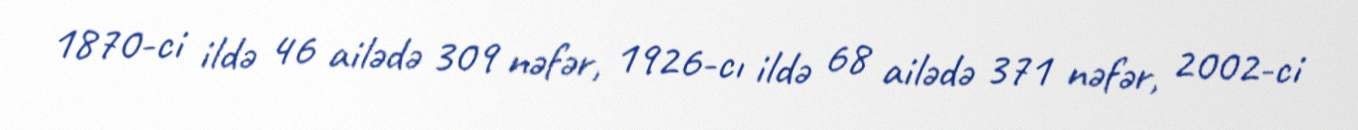
1870-ci ildə 46 ailədə 309 nəfər, 1926-cı ildə 68 ailədə 371 nəfər, 2002-ci